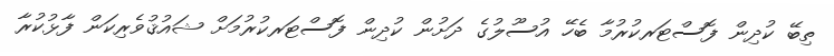
ތިބޭ ކުދިން ފޮސްޓަރކުރުމާ ބެހޭ އުސޫލުގެ ދަށުން ކުދިން ފޮސްޓަރކުރުމަށް ޝައުޤުވެރިކަން ފާޅުކުރާ